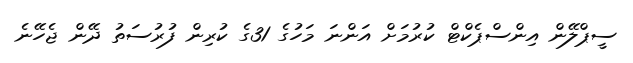
ސީޕްލޭން އިންސްޕެކްޓް ކުރުމަށް އަންނަ މަހުގެ 31ގެ ކުރިން ފުރުސަތު ދޭން ޖެހޭނެ